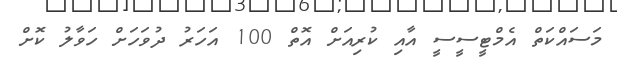
މަސައްކަތް އެމްޓީސީސީ އާއި ކުރިއަށް އޮތް 100 އަހަރު ދުވަހަށް ހަވާލު ކޮށް